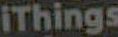
iThings